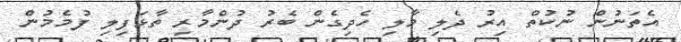
އެތަނުން ނުކުތް އިރު ދެލި މާލި ހެދިގެން ބެރު ދުންމާރި ތާޅަފިލި ފުމެމުން